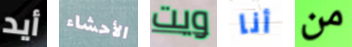
أيد الأحشاء ويت أنا من